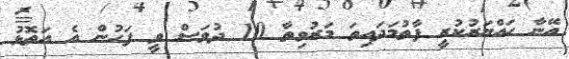
އޭނާ ހައްޔަރުކުރީ ފާތުމަދައިތަ މަރުވިތާ 10 ދުވަސް ވީ ފަހުން އެ އަތޮޅު